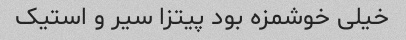
خیلی خوشمزه بود پیتزا سیر و استیک